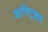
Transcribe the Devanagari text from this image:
कानिट्कर